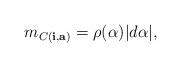
LaTeX: \begin{align*}m_{C(\mathbf i, \mathbf a)} = \rho(\alpha)|d \alpha|,\end{align*}